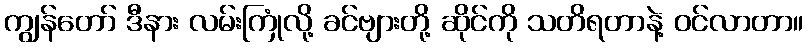
ကျွန်တော် ဒီနား လမ်းကြုံလို့ ခင်ဗျားတို့ ဆိုင်ကို သတိရတာနဲ့ ဝင်လာတာ။